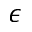
\epsilon